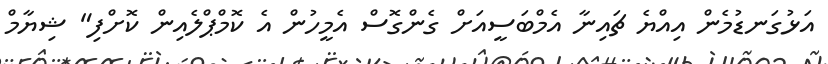
އަޅުގަނޑުމެން އިއްޔެ ޗައިނާ އެމްބަސީއަށް ގެންގޮސް އެމީހުން އެ ކޮމްޕްލެއިން ކޮށްފި" ޝިޔާމް